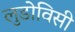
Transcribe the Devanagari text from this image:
लुडोविसी